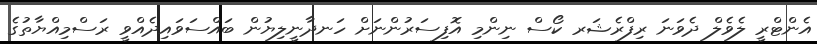
އެންޓްރީ ލެވެލް ދެވަނަ ރިފްރެޝަރ ކޯސް ނިންމި އޮފިސަރުންނަށް ހަނދާނީލިޔުން ބައްސަވައިދެއްވީ ރަސްމިއްޔާތުގެ